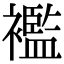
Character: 襤